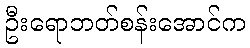
ဦးရောဘတ်စန်းအောင်က